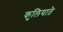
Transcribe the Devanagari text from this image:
कुलियाते